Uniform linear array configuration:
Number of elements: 32
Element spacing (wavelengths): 1
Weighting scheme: uniform
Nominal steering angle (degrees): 30
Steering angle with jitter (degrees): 28.249
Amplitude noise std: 0.05
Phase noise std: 0.05

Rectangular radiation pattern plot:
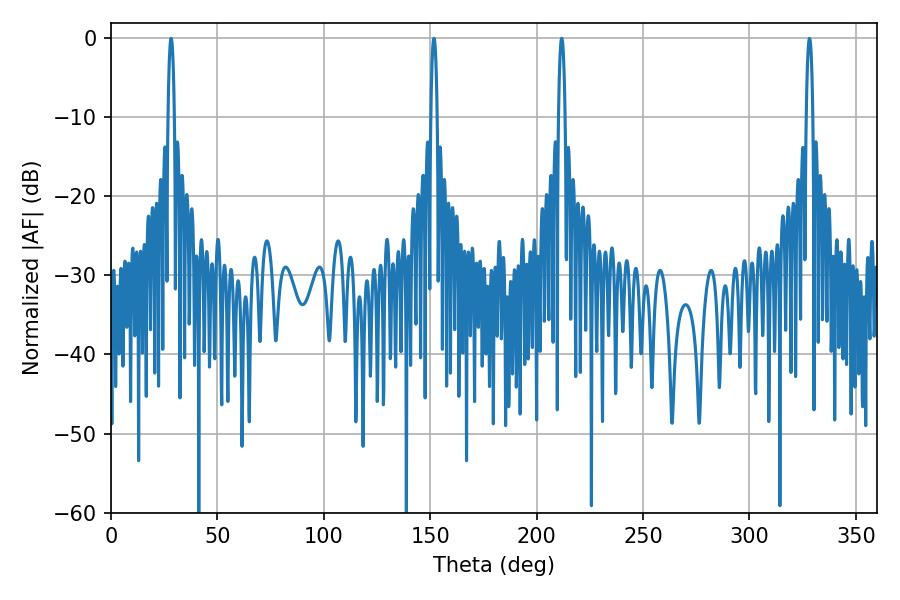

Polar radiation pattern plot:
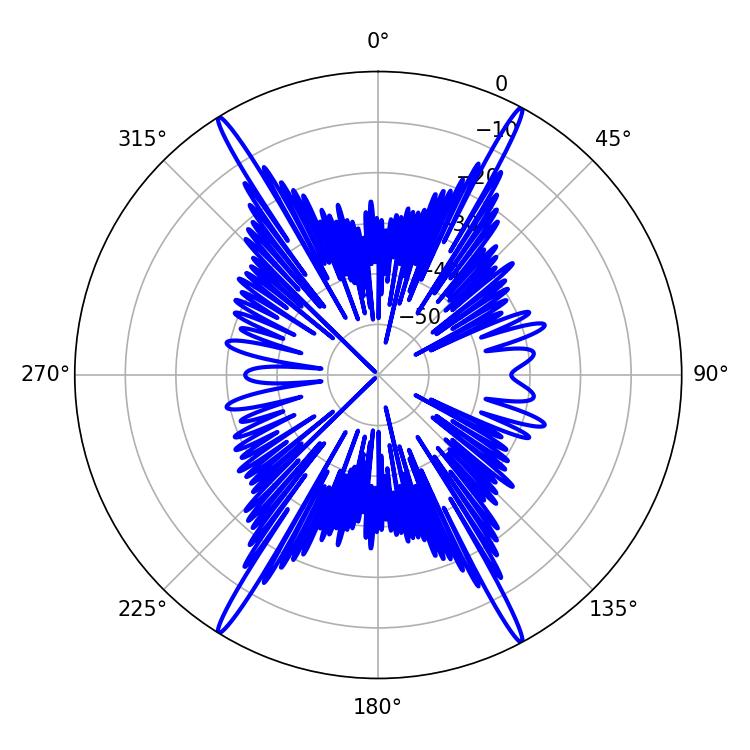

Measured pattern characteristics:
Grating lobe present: TRUE
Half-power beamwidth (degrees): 1.62
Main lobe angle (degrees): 28.26